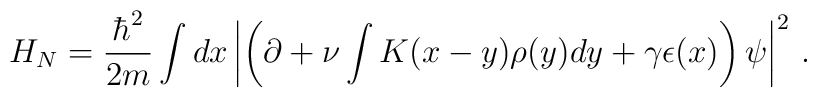
H_N= \frac{\hbar^2}{2m} \int dx \left\vert\left(\partial+\nu\int K(x-y)\rho(y) dy +\gamma\epsilon(x)\right)\psi\right\vert^2\,.